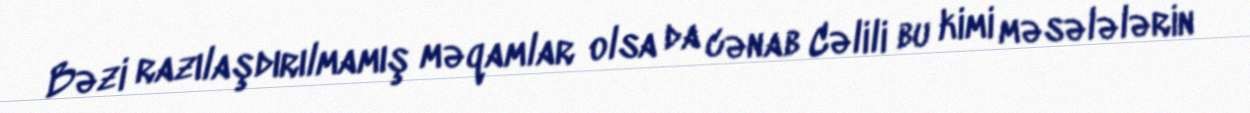
Bəzi razılaşdırılmamış məqamlar olsa da cənab Cəlili bu kimi məsələlərin